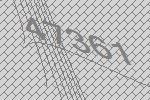
47361